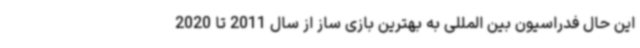
این حال فدراسیون بین المللی به بهترین بازی ساز از سال 2011 تا 2020